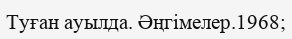
Туған ауылда. Әңгімелер.1968;